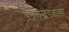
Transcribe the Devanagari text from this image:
बेतूलजवळच्या